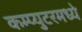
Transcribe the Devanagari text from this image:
कम्प्युटरमध्ये